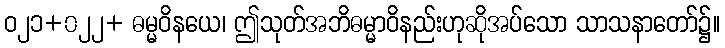
ဝ၂၁+၀၂၂+ ဓမ္မဝိနယေ၊ ဤသုတ်အဘိဓမ္မာဝိနည်းဟုဆိုအပ်သော သာသနာတော်၌။